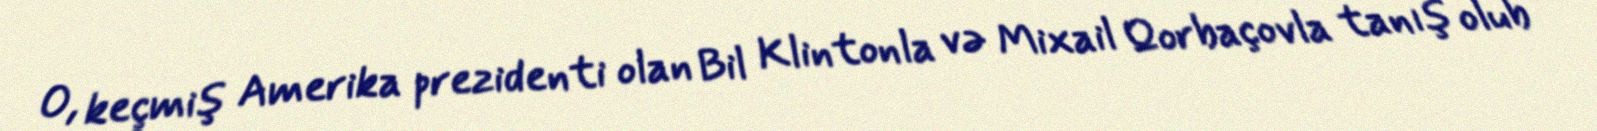
O, keçmiş Amerika prezidenti olan Bil Klintonla və Mixail Qorbaçovla tanış olub